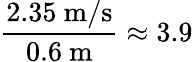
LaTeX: \frac{2.35~\mathrm{m/s}}{0.6~\mathrm{m}}\approx 3.9